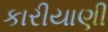
કારીયાણી